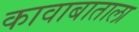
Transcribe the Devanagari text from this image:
कावाबाताला